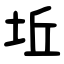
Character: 坵